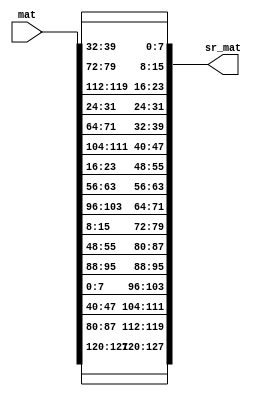
module ShiftRows(sr_mat , mat);

input [0:127] mat; // matrix in column major form 4x4
output reg [0:127] sr_mat; // here combinations of 8-bits form 1 element of matrix

/*

   | -------------
   | |00|01|02|03|
   | -------------
   | |10|11|12|13|
   | -------------
   | |20|21|22|23|
   | -------------
   V |30|31|32|33|
*/


/*  [0:31] = 1st column
    [32:63] = 2nd column
    [64:95] = 3rd column
    [96:127] = 4th column */

// (a[i,j] = a[(32*j + 8*i) : upto 8 bits])
/*assign sr_mat[0:7] = mat[0:7];
assign sr_mat[8:15] = mat[40:47];
assign sr_mat[16:23] = mat[80:87];
assign sr_mat[24:31] = mat[120:127];

assign sr_mat[32:39] = mat[32:39];
assign sr_mat[40:47] = mat[48:55];
assign sr_mat[48:55] = mat[112:119];
assign sr_mat[56:63] = mat[24:31];

assign sr_mat[64:71] = mat[64:71];
assign sr_mat[72:79] = mat[104:111];
assign sr_mat[80:87] = mat[16:23];
assign sr_mat[88:95] = mat[56:63];

assign sr_mat[96:103] = mat[96:103];
assign sr_mat[104:111] = mat[8:15];
assign sr_mat[112:119] = mat[48:55];
assign sr_mat[120:127] = mat[88:95];*/

always @ (mat)
begin 
sr_mat[0:7] = mat[0:7];
sr_mat[8:15] = mat[40:47];
sr_mat[16:23] = mat[80:87];
sr_mat[24:31] = mat[120:127];

sr_mat[32:39] = mat[32:39];
sr_mat[40:47] = mat[72:79];
sr_mat[48:55] = mat[112:119];
sr_mat[56:63] = mat[24:31];

sr_mat[64:71] = mat[64:71];
sr_mat[72:79] = mat[104:111];
sr_mat[80:87] = mat[16:23];
sr_mat[88:95] = mat[56:63];

sr_mat[96:103] = mat[96:103];
sr_mat[104:111] = mat[8:15];
sr_mat[112:119] = mat[48:55];
sr_mat[120:127] = mat[88:95];
end


endmodule